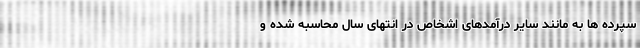
سپرده ها به مانند سایر درآمدهای اشخاص در انتهای سال محاسبه شده و